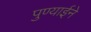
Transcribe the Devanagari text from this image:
पुण्याईने